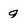
Character: 9